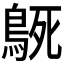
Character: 𮬳